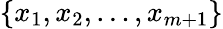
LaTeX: \{ x_{1},x_{2},\dots,x_{m+1}\}